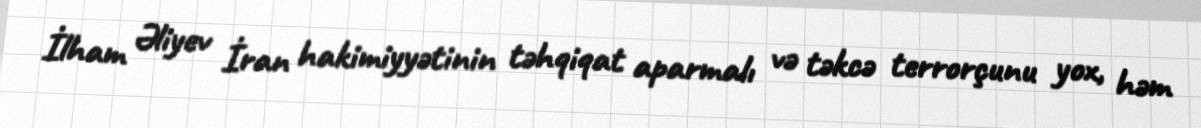
İlham Əliyev İran hakimiyyətinin təhqiqat aparmalı və təkcə terrorçunu yox, həm